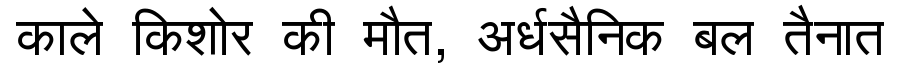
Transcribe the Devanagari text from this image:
काले किशोर की मौत, अर्धसैनिक बल तैनात